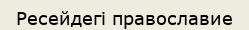
Ресейдегі православие